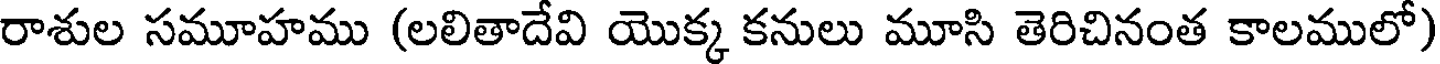
రాశుల సమూహము (లలితాదేవి యొక్క కనులు మూసి తెరిచినంత కాలములో)